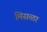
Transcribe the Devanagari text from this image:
मिसळा